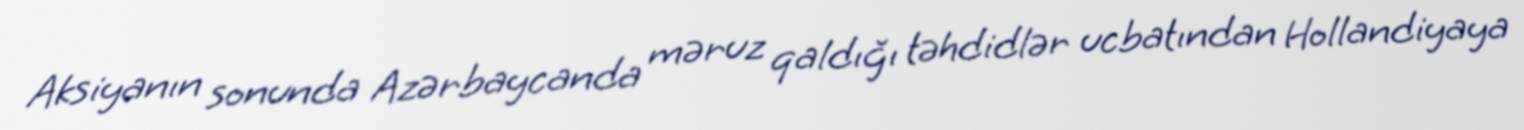
Aksiyanın sonunda Azərbaycanda məruz qaldığı təhdidlər ucbatından Hollandiyaya